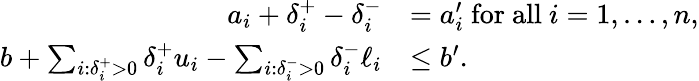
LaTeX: \begin{array}{rl}{a_{i}+\delta_{i}^{+}-\delta_{i}^{-}}&{=a_{i}^{\prime}\mathrm{~for~all~}i=1,\ldots,n,}\\ {b+\sum_{i:\delta_{i}^{+}>0}\delta_{i}^{+}u_{i}-\sum_{i:\delta_{i}^{-}>0}\delta_{i}^{-}\ell_{i}}&{\le b^{\prime}.}\end{array}